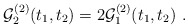
\begin{align*}{\cal G}_2^{(2)}(t_1,t_2) = 2 {\cal G}_1^{(2)}(t_1,t_2) \ .\end{align*}